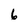
Character: 6